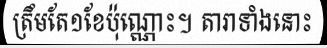
ត្រឹមតែ១ខែប៉ុណ្ណោះ។ តារាទាំងនោះ